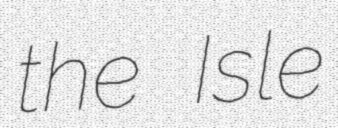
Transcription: the Isle